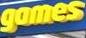
games